Lunatic asylums United Provinces 1909-1921 - 1909-1921
Year: 1909
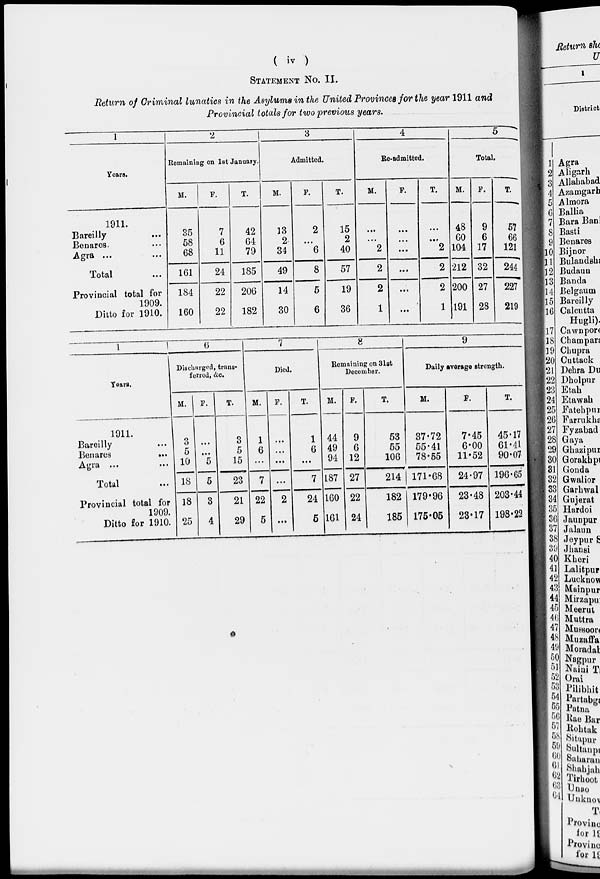
( iv )
STATEMENT NO. II.
Return of Criminal lunatics in the Asylums in the United Provinces for the year 1911 and
Provincial totals for two previous years.
1
Years.
1911.
Bareilly ...
Benares ...
Agra ... ...
Total ...
Provincial total for
1909.
Ditto for 1910.
2
Remaining on 1st January.
M.
35
58
68
161
184
160
F.
7
6
11
24
22
22
T.
42
64
79
185
206
182
3
Admitted.
M.
13
2
34
49
14
30
F.
2
...
6
8
5
6
T.
15
2
40
57
19
36
4
Re-admitted,
M.
...
...
2
2
2
1
F.
...
...
...
...
...
...
T.
...
...
2
2
2
1
5
Total.
M.
48
60
104
212
200
191
F.
9
6
17
32
27
28
T.
57
66
121
244
227
219
Years.
1911.
Bareilly
...
Benares
...
Agra ...
Total
Provincial total for
1909.
Ditto for 1910.
6
Discharged, trans-
ferred, &c.
M.
3
5
10
18
18
25
F.
...
...
5
5
3
4
T.
3
5
15
23
21
29
7
Died.
M.
1
6
...
7
22
5
F.
...
...
...
...
2
...
T.
1
6
...
7
24
5
8
Remaining on 31st
December.
M.
44
49
94
187
160
161
F.
9
6
12
27
22
24
T.
53
55
106
214
182
185
9
Daily Average strength.
M.
37.72
55.41
78.55
171.68
179.96
175.05
F.
7.45
6.00
11.52
24.97
23.48
23.17
T.
45.17
61.41
90.07
196.65
203.44
198.22